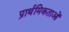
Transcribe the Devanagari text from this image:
प्रार्थमिकताओं